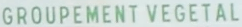
GROUPEMENT VEGETAL